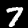
Digit: 7